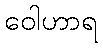
ဝေါဟာရ